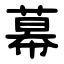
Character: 幕